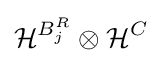
{\mathcal {H}}^{B_{j}^{R}}\otimes {\mathcal {H}}^{C}